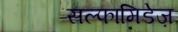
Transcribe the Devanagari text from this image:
सल्फामिडेज़